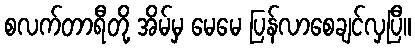
စလက်တာရီတို့ အိမ်မှ မေမေ ပြန်လာစေချင်လှပြီ။